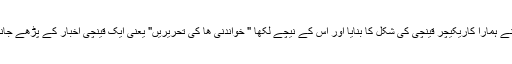
ہم دو تین ملازم سے زیادہ نہیں تھے اور بلاوجہ نہیں ہے کہ ایک بار توفیق نے ہمارا کاریکیچر قینچی کی شکل کا بنایا اور اس کے نیچے لکھا " خواندنی ھا کی تحریریں" یعنی ایک قینچی اخبار کے پڑھے جانے کے قابل مقالوں کو کاٹ الگ کر رہی تھی اور یہ خود ایک رسالہ بن جاتا۔